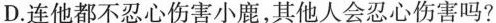
D.连他都不忍心伤害小鹿，其他人会忍心伤害吗?